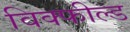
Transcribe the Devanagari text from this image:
विक्फील्ड